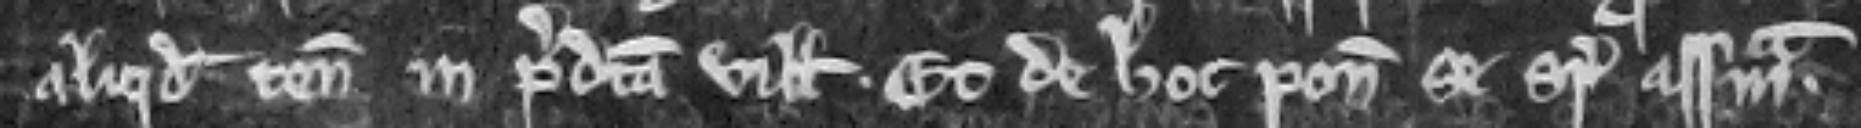
aliquod tenementum in predicta villa. Et de hoc ponunt se super assisam.